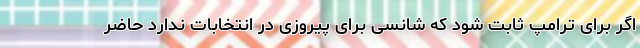
اگر برای ترامپ ثابت شود که شانسی برای پیروزی در انتخابات ندارد حاضر